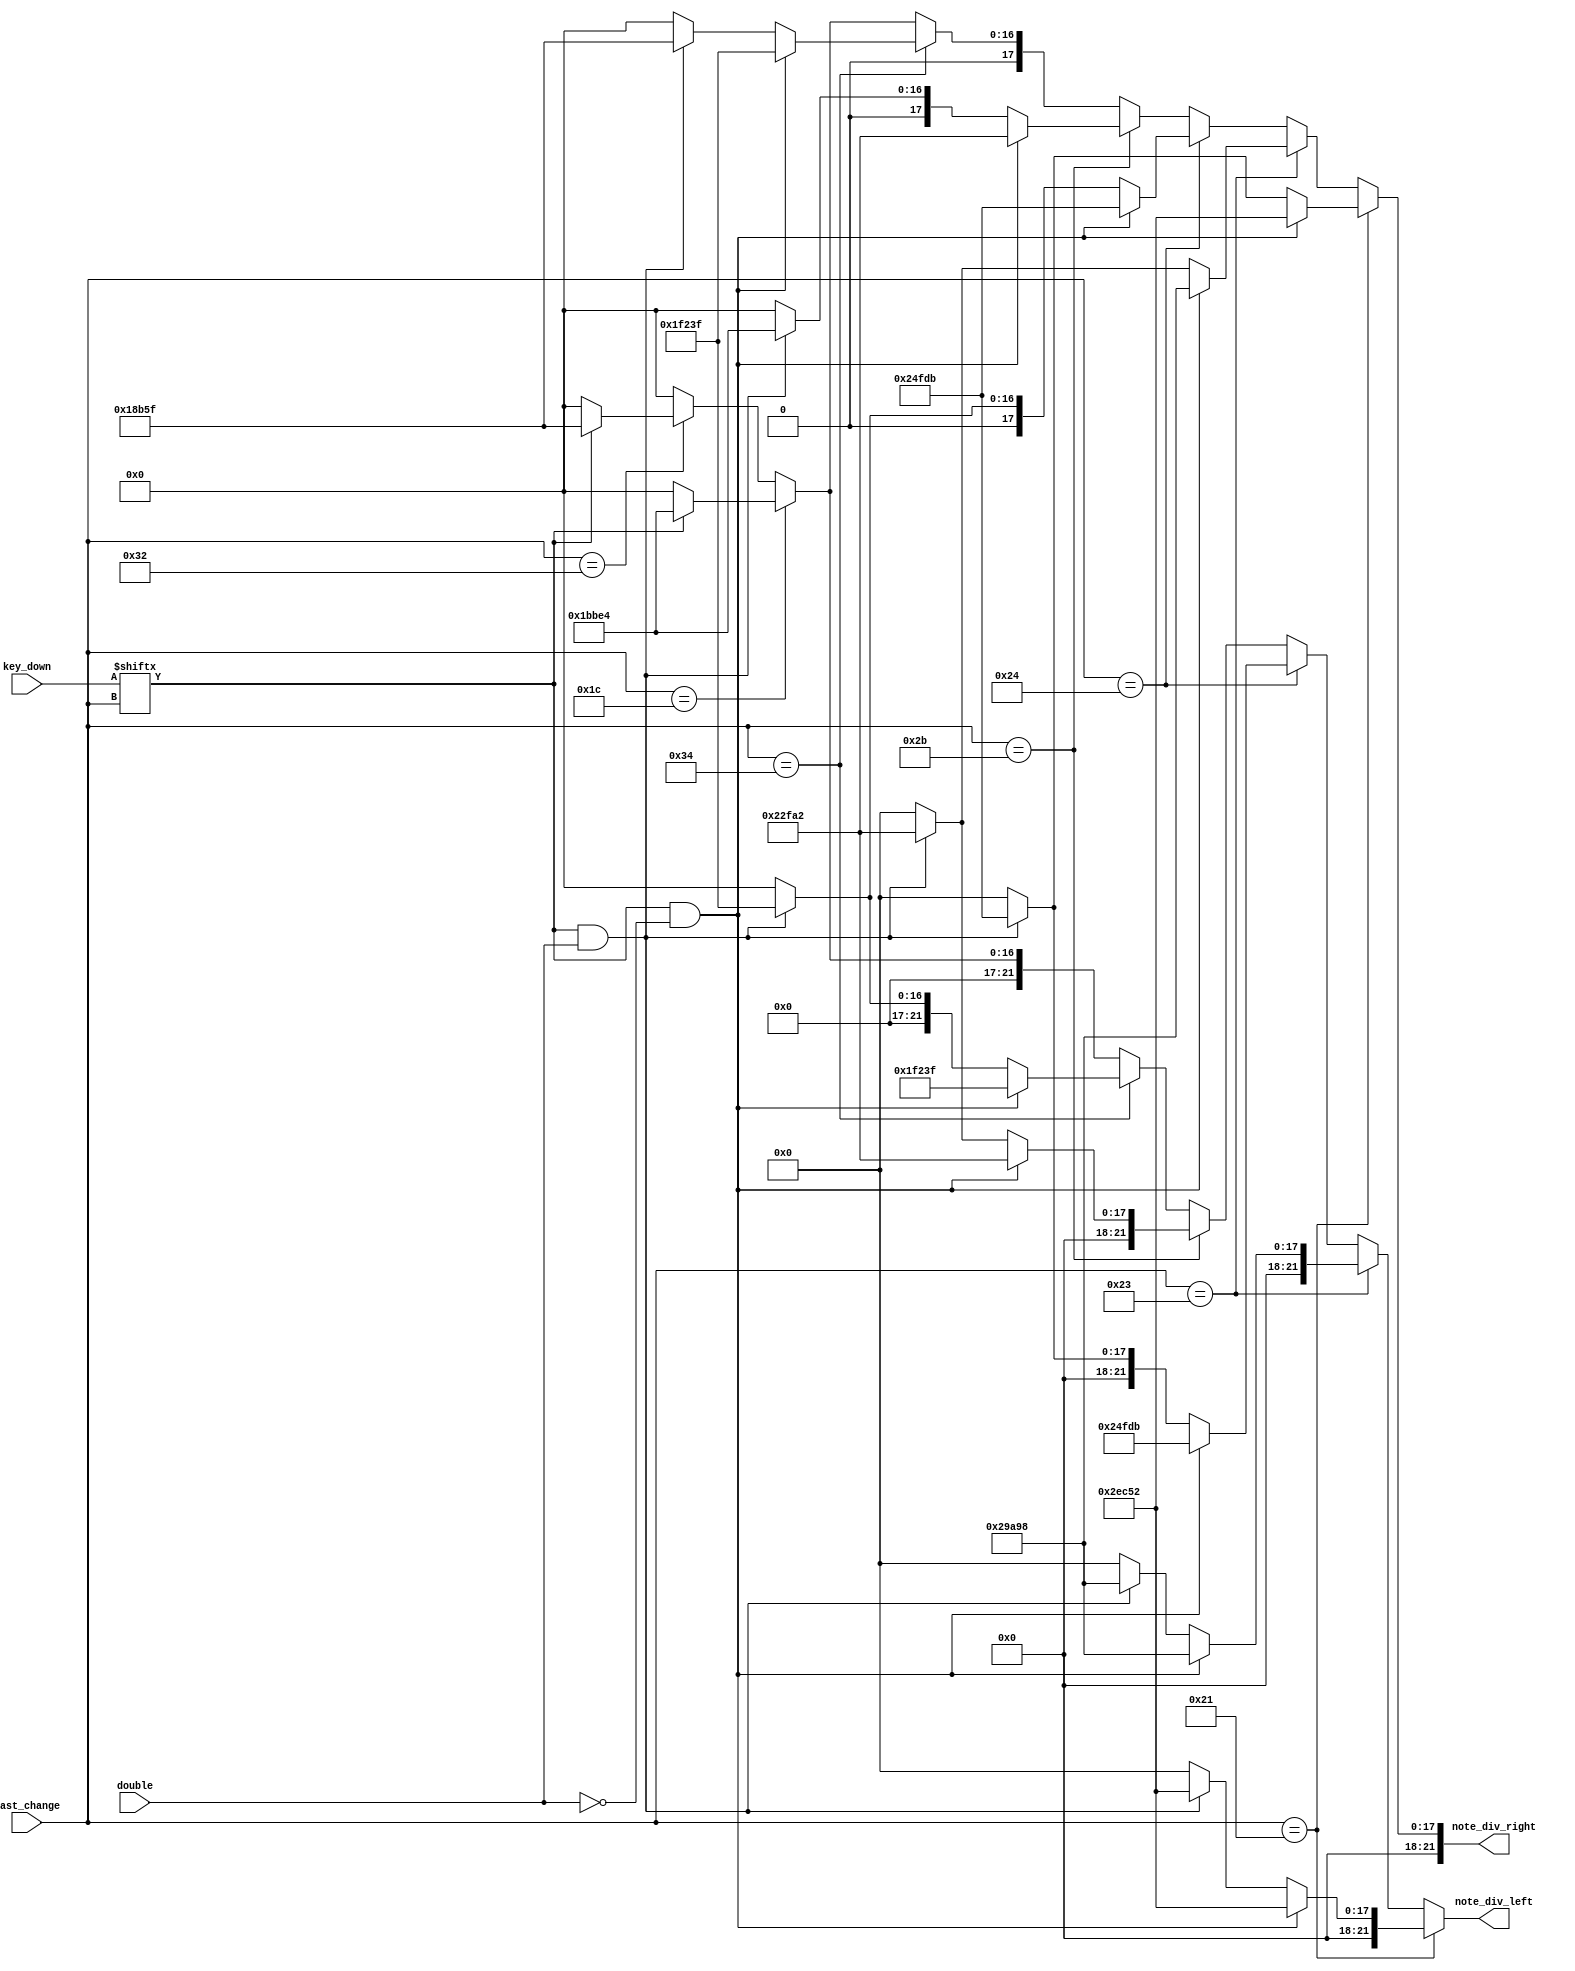
`timescale 1ns / 1ps
//////////////////////////////////////////////////////////////////////////////////
// Company: 
// Engineer: 
// 
// Design Name: 
// Module Name: note_decoder
// Project Name: 
// Target Devices: 
// Tool Versions: 
// Description: 
// 
// Dependencies: 
// 
// Revision:
// Revision 0.01 - File Created
// Additional Comments:
// 
//////////////////////////////////////////////////////////////////////////////////


module note_decoder(double, last_change, key_down, note_div_left, note_div_right);
    input double;
    input [8:0] last_change;
    input [511:0] key_down;
    output [21:0] note_div_left;
    output [21:0] note_div_right;
    
    reg [21:0] note_div_left;
    reg [21:0] note_div_right;
  
    
    always @* begin
        if(last_change == 9'h21) begin
            if(key_down[last_change] == 1'b1 && double == 1'b0) begin
                note_div_left = 22'd191570;
                note_div_right = 22'd191570;
            end
            else if(key_down[last_change] == 1'b1 && double == 1'b1) begin
                note_div_left = 22'd191570;
                note_div_right = 22'd151515;
            end
            else begin
                note_div_left = 22'd0;
                note_div_right = 22'd0;
            end
        end
        else if(last_change == 9'h23) begin
            if(key_down[last_change] == 1'b1 && double == 1'b0) begin
                note_div_left = 22'd170648;
                note_div_right = 22'd170648;
            end
            else if(key_down[last_change] == 1'b1 && double == 1'b1) begin
                note_div_left = 22'd170648;
                note_div_right = 22'd143266;
            end
            else begin
                note_div_left = 22'd0;
                note_div_right = 22'd0;
            end
        end
        else if(last_change == 9'h24) begin
            if(key_down[last_change] == 1'b1 && double == 1'b0) begin
                note_div_left = 22'd151515;
                note_div_right = 22'd151515;
            end
            else if(key_down[last_change] == 1'b1 && double == 1'b1) begin
                note_div_left = 22'd151515;
                note_div_right = 22'd127551;
            end
            else begin
                note_div_left = 22'd0;
                note_div_right = 22'd0;
            end
        end
        else if(last_change == 9'h2B) begin
            if(key_down[last_change] == 1'b1 && double == 1'b0) begin
                note_div_left = 22'd143266;
                note_div_right = 22'd143266;
            end
            else if(key_down[last_change] == 1'b1 && double == 1'b1) begin
                note_div_left = 22'd143266;
                note_div_right = 22'd113636;
            end
            else begin
                note_div_left = 22'd0;
                note_div_right = 22'd0;
            end
        end
        else if(last_change == 9'h34) begin
            if(key_down[last_change] == 1'b1 && double == 1'b0) begin
                note_div_left = 22'd127551;
                note_div_right = 22'd127551;
            end
            else if(key_down[last_change] == 1'b1 && double == 1'b1) begin
                note_div_left = 22'd127551;
                note_div_right = 22'd101215;
            end
            else begin
                note_div_left = 22'd0;
                note_div_right = 22'd0;
            end                
        end
        else if(last_change == 9'h1C) begin
            if(key_down[last_change] == 1'b1) begin
                note_div_left = 22'd113636;
                note_div_right = 22'd113636;
            end            
            else begin
                note_div_left = 22'd0;
                note_div_right = 22'd0;
            end                
        end
        else if(last_change == 9'h32) begin
            if(key_down[last_change] == 1'b1) begin
                note_div_left = 22'd101215;
                note_div_right = 22'd101215;
            end            
            else begin
                note_div_left = 22'd0;
                note_div_right = 22'd0;
            end
        end
        else begin
            note_div_left = 22'd0;
            note_div_right = 22'd0;
        end
    end

endmodule